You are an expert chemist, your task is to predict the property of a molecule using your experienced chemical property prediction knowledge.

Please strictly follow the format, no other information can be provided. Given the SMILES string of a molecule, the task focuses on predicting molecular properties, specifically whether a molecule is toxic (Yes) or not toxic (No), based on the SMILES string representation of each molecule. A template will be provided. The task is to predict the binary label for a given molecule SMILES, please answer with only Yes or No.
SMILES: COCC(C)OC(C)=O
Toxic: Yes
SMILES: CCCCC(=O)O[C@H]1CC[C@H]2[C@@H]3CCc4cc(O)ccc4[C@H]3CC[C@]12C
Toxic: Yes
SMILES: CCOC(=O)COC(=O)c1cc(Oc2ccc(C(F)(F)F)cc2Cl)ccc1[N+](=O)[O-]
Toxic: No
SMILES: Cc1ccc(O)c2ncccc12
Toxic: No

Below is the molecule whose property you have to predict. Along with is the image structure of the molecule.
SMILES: CC(C)(O)C#N
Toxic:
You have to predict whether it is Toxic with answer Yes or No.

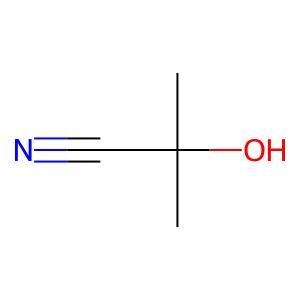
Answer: No